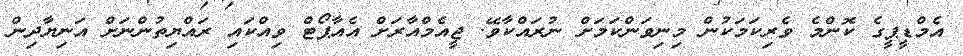
އެމްޑީޕީގެ ކޮންމެ ވެރިކަމަކުން މިނިވަންކަމަށް ނުރައްކާވޭ. ޖީއެމްއާރަށް އެއާޕޯޓް ވިއްކައި ރައްޔިތުންނަށް އަނިޔާދިން